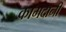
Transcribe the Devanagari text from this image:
कामदानी